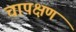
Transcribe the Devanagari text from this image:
चापक्षण